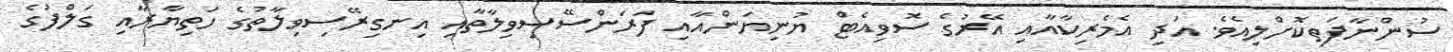
ސުންނާފަތިކޮށްލިއެވެ. އަދި އެމެރިކާއާއި އޭރުގެ ސޮވިއެޓް ޔުނިޔަންއާއި ފަރަންސޭސިވިލާތާއި އިނގިރޭސިވިލާތުގެ ހަތިޔާރާއި ގަލްފުގެ